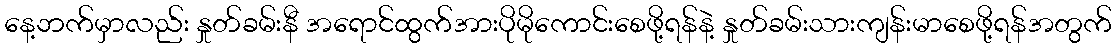
နေ့ဘက်မှာလည်း နှုတ်ခမ်းနီ အရောင်ထွက်အားပိုမိုကောင်းစေဖို့ရန်နဲ့ နှုတ်ခမ်းသားကျန်းမာစေဖို့ရန်အတွက်